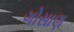
ગોસાણ